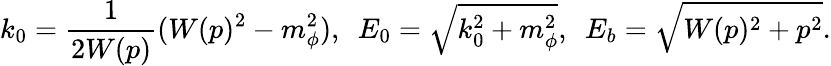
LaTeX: k_{0}=\frac{1}{2W(p)}(W(p)^{2}-m_{\phi}^{2}),~~E_{0}=\sqrt{k_{0}^{2}+m_{\phi}^{2}},~~E_{b}=\sqrt{W(p)^{2}+p^{2}}.